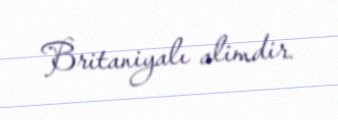
Britaniyalı alimdir.